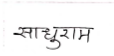
मजकूर: साधुराम